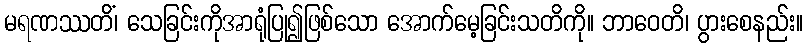
မရဏဿတိံ၊ သေခြင်းကိုအာရုံပြု၍ဖြစ်သော အောက်မေ့ခြင်းသတိကို။ ဘာဝေတိ၊ ပွားစေနည်း။